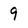
Character: 9